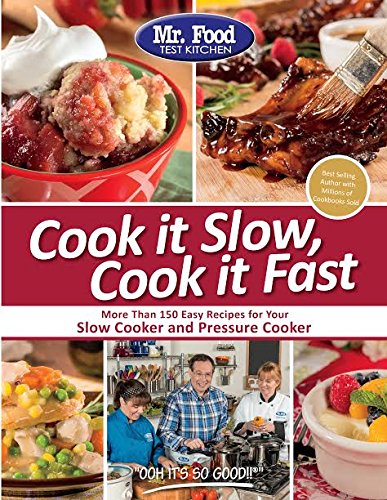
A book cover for Mr. Food Test Kitchen Cook it Slow, Cook it Fast: More Than 150 Easy Recipes For Your Slow Cooker and Pressure Cooker; Mr. Food Test Kitchen; Cookbooks, Food & Wine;